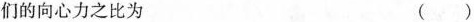
们的向心力之比为 ()